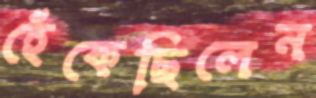
হেঁকেছিলেন